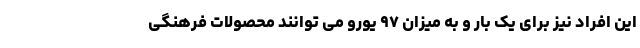
این افراد نیز برای یک بار و به میزان ۹۷ یورو می توانند محصولات فرهنگی